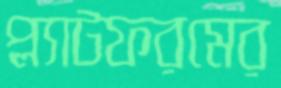
প্ল্যাটফরমের